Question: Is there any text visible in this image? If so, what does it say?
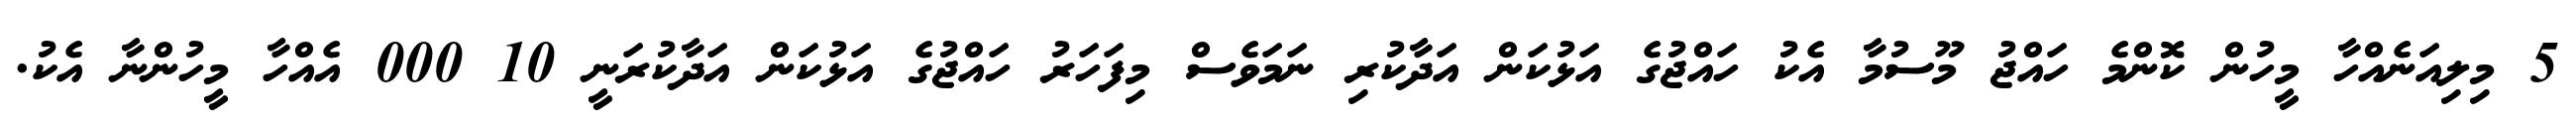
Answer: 5 މިލިއަނެއްހާ މީހުން ކޮންމެ ހައްޖު މޫސުމާ އެކު ހައްޖުގެ އަޅުކަން އަދާކުރި ނަމަވެސް މިފަހަރު ހައްޖުގެ އަޅުކަން އަދާކުރަނީ 10 000 އެއްހާ މީހުންނާ އެކު.